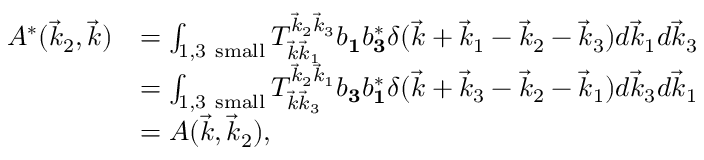
\begin{array} { r l } { A ^ { * } ( \vec { k } _ { 2 } , \vec { k } ) } & { = \int _ { 1 , 3 \mathrm { ~ s m a l l } } T _ { \vec { k } \vec { k } _ { 1 } } ^ { \vec { k } _ { 2 } \vec { k } _ { 3 } } b _ { \mathbf 1 } b _ { \mathbf 3 } ^ { * } \delta ( \vec { k } + \vec { k } _ { 1 } - \vec { k } _ { 2 } - \vec { k } _ { 3 } ) d \vec { k } _ { 1 } d \vec { k } _ { 3 } } \\ & { = \int _ { 1 , 3 \mathrm { ~ s m a l l } } T _ { \vec { k } \vec { k } _ { 3 } } ^ { \vec { k } _ { 2 } \vec { k } _ { 1 } } b _ { \mathbf 3 } b _ { \mathbf 1 } ^ { * } \delta ( \vec { k } + \vec { k } _ { 3 } - \vec { k } _ { 2 } - \vec { k } _ { 1 } ) d \vec { k } _ { 3 } d \vec { k } _ { 1 } } \\ & { = A ( \vec { k } , \vec { k } _ { 2 } ) , } \end{array}